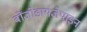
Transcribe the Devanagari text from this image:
बोंजोडायजेपाइन